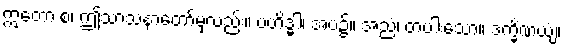
ဣတော စ၊ ဤသာသနာတော်မှလည်း။ ဗဟိဒ္ဓါ၊ အပ၌။ အညံ၊ တပါးသော။ ဒက္ခိဏယျံ၊